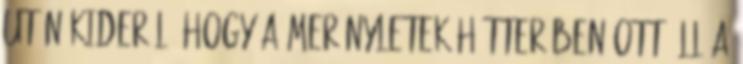
után kiderül, hogy a merényletek hátterében ott áll a